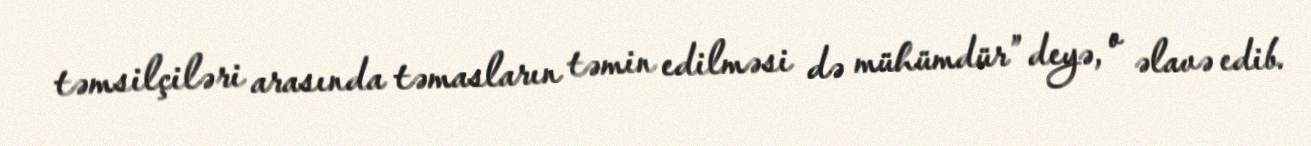
təmsilçiləri arasında təmasların təmin edilməsi də mühümdür” deyə, o əlavə edib.